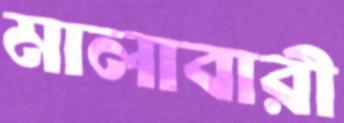
মালাবারী